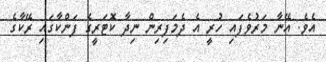
އެވެ. އޭނާ މަރުވެފައި ހުރީ އެ ދެމަފިރިން ނިދާ ކޮޓަރީގެ ފަންކާގައި ރޭކާގެ